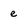
Character: e